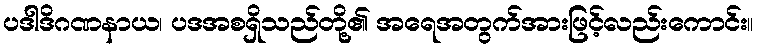
ပဒါဒိဂဏနာယ၊ ပဒအစရှိသည်တို့၏ အရေအတွက်အားဖြင့်လည်းကောင်း။